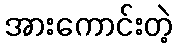
အားကောင်းတဲ့